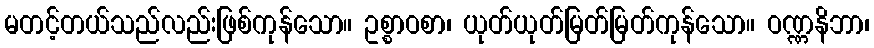
မတင့်တယ်သည်လည်းဖြစ်ကုန်သော။ ဥစ္စာဝစာ၊ ယုတ်ယုတ်မြတ်မြတ်ကုန်သော။ ဝဏ္ဏနိဘာ၊